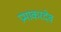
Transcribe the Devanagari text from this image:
प्रभाकरदेव